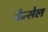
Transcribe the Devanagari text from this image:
चैन्सेल